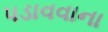
પડાવવાના